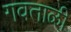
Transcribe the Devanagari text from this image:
गवताळी